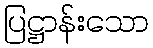
ပြဋ္ဌာန်းသော